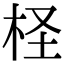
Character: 柽